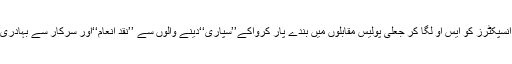
انسپکٹرز کی بجائے سب انسپکٹرز کو ایس او لگا کر جعلی پولیس مقابلوں میں بندے پار کرواکے’’سپاری‘‘دینے والوں سے ’’نقد انعام‘‘اور سرکار سے بہادری کے میڈل لیے جاتے ہیں۔